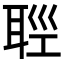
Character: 𦕭